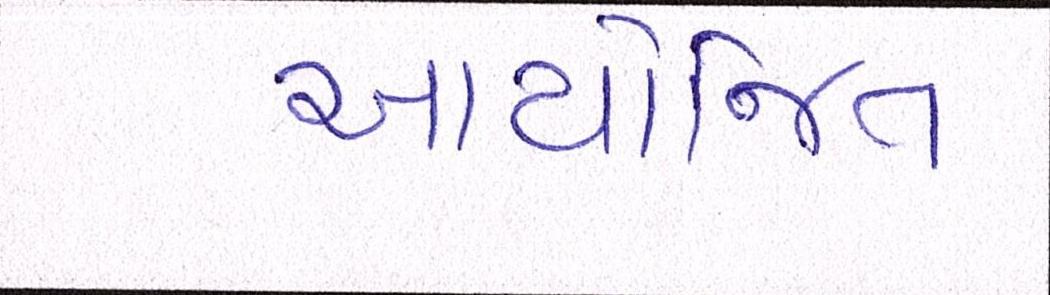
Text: આયોજિત